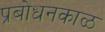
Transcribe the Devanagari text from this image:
प्रबोधनकाळ